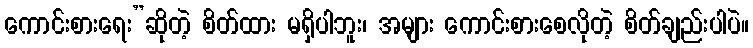
ကောင်းစားရေး”ဆိုတဲ့ စိတ်ထား မရှိပါဘူး၊ အများ ကောင်းစားစေလိုတဲ့ စိတ်ချည်းပါပဲ။